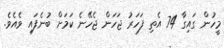
މީހުން ގައިގާ 74 އެތި ފަހަރު ޖަހަން ޖެހޭނެ ކަމަށް ބުނެފައި ވެއެވެ.